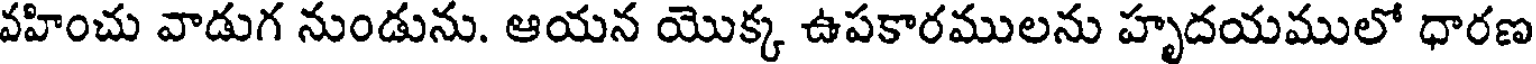
వహించు వాడుగ నుండును. ఆయన యొక్క ఉపకారములను హృదయములో ధారణ